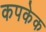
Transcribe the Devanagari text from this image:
कपकेक